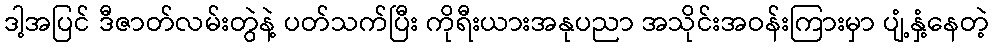
ဒါ့အပြင် ဒီဇာတ်လမ်းတွဲနဲ့ ပတ်သက်ပြီး ကိုရီးယားအနုပညာ အသိုင်းအဝန်းကြားမှာ ပျံ့နှံ့နေတဲ့